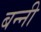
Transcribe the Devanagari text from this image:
बन्‍नी